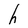
Character: h